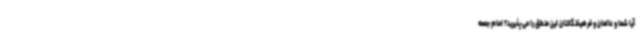
آیا شما و عالمان و فرهیختگانتان این منطق را می پذیرید؟ امام جمعه